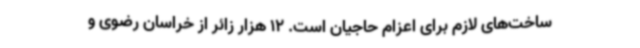
ساخت‌های لازم برای اعزام حاجیان است. 12 هزار زائر از خراسان رضوی و